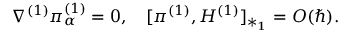
\nabla ^ { ( 1 ) } \pi _ { \alpha } ^ { ( 1 ) } = 0 , ~ ~ ~ [ \pi ^ { ( 1 ) } , H ^ { ( 1 ) } ] _ { * _ { 1 } } = O ( \hbar ) .